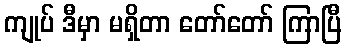
ကျုပ် ဒီမှာ မရှိတာ တော်တော် ကြာပြီ